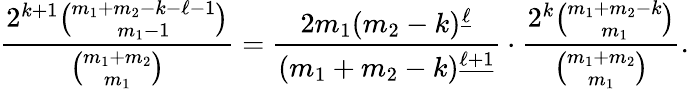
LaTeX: \frac{2^{k+1}\binom{m_{1}+m_{2}-k-\ell-1}{m_{1}-1}}{\binom{m_{1}+m_{2}}{m_{1}}}=\frac{2m_{1}(m_{2}-k)^{\underline{{\ell}}}}{(m_{1}+m_{2}-k)^{\underline{{\ell+1}}}}\cdot\frac{2^{k}\binom{m_{1}+m_{2}-k}{m_{1}}}{\binom{m_{1}+m_{2}}{m_{1}}}.